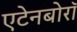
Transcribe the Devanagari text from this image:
एटेनबोरॉ